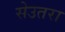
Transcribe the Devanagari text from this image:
सेउतरा